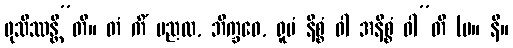
ဖုသိဿန္တီ”တိ။ တံ ကိံ မညထ, ဘိက္ခဝေ, ရူပံ နိစ္စံ ဝါ အနိစ္စံ ဝါ”တိ (မ။ နိ။